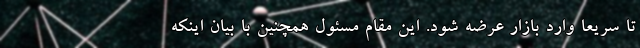
تا سریعا وارد بازار عرضه شود. این مقام مسئول همچنین با بیان اینکه